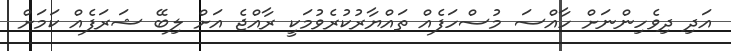
އަދި ދިވެހިންނަށް ހާއްސަ މުސްހަފެއް ތައްޔާރުކުރެވުމަކީ ރާއްޖެ އަށް ލިބޭ ޝަރަފެއް ކަމަށް